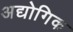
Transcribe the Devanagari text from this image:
अद्योगिक